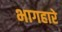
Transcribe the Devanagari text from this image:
भागहारे